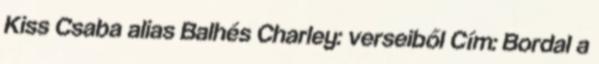
Kiss Csaba alias Balhés Charley: verseiből Cím: Bordal a